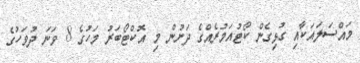
މައްސަލައަކާއި ގުޅިގެން ކޯޓުއަމުރެއްގެ ދަށުން މި އޮކްޓޯބަރު މަހުގެ 8 ވަނަ ދުވަހުގެ